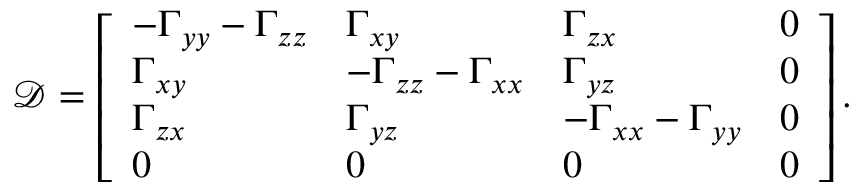
\mathcal { D } = \left[ \begin{array} { l l l l } { - \Gamma _ { y y } - \Gamma _ { z z } } & { \Gamma _ { x y } } & { \Gamma _ { z x } } & { 0 } \\ { \Gamma _ { x y } } & { - \Gamma _ { z z } - \Gamma _ { x x } } & { \Gamma _ { y z } } & { 0 } \\ { \Gamma _ { z x } } & { \Gamma _ { y z } } & { - \Gamma _ { x x } - \Gamma _ { y y } } & { 0 } \\ { 0 } & { 0 } & { 0 } & { 0 } \end{array} \right] .